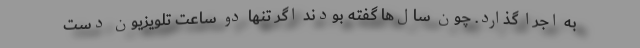
به اجرا گذارد. چون سال‌ها گفته بودند اگر تنها دو ساعت تلویزیون دست